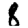
Digit: 8